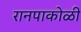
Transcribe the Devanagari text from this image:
रानपाकोळी